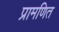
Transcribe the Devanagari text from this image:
प्रामणित